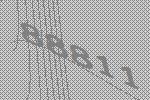
88811